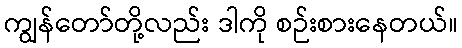
ကျွန်တော်တို့လည်း ဒါကို စဉ်းစားနေတယ်။